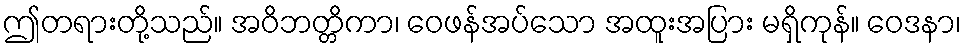
ဤတရားတို့သည်။ အဝိဘတ္တိကာ၊ ဝေဖန်အပ်သော အထူးအပြား မရှိကုန်။ ဝေဒနာ၊